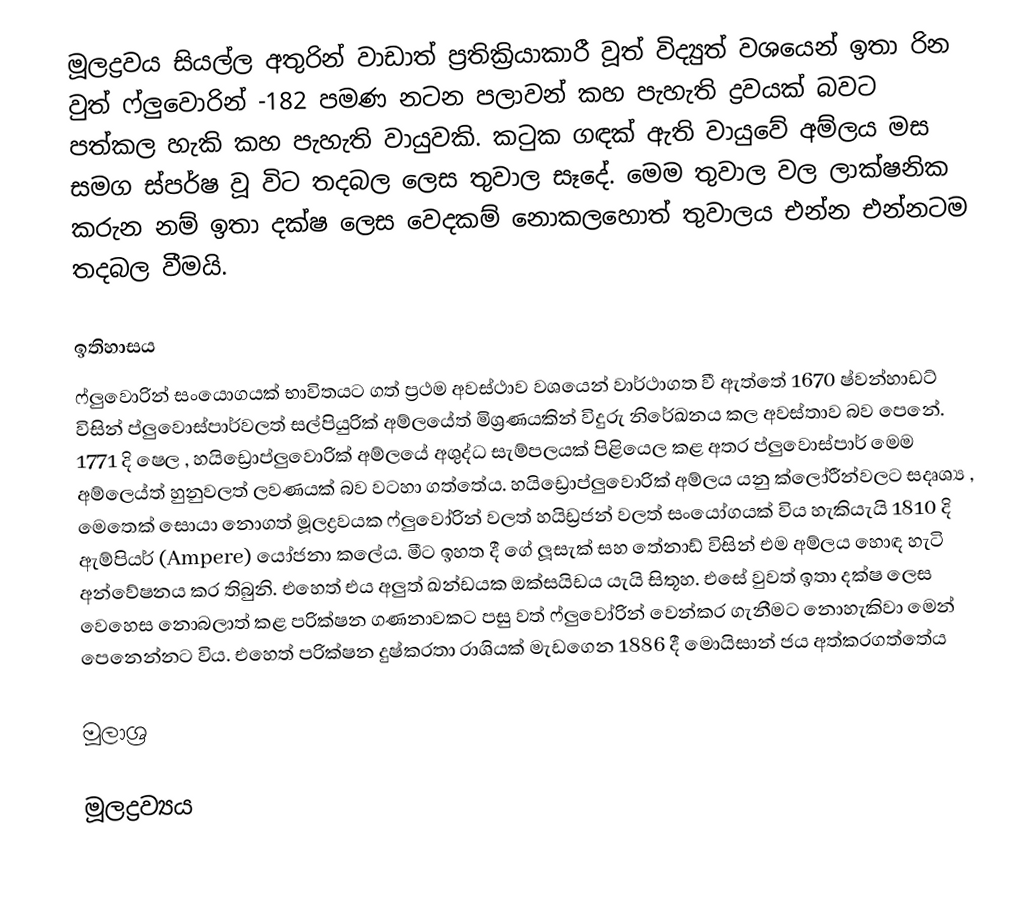
මූලද්‍රවය සියල්ල අතුරින් වාඩාත් ප්‍රතික්‍රියාකාරී වූත්  විද්‍යුත් වශයෙන් ඉතා රින  වුත් ෆ්ලුවොරින් -182 පමණ නටන පලාවන් කහ පැහැති ද්‍රවයක් බවට පත්කල හැකි කහ පැහැති වායුවකි.  කටුක ගඳක් ඇති වායුවේ අම්ලය  මස සමග ස්පර්ෂ වූ විට තදබල ලෙස  තුවාල සෑදේ. මෙම තුවාල වල ලාක්ෂනික කරුන නම් ඉතා දක්ෂ ලෙස වෙදකම් නොකලහොත් තුවාලය එන්න එන්නටම තදබල වීමයි.

ඉතිහාසය
ෆ්ලුවොරින් සංයොගයක් භාවිතයට ගත් ප්‍රථම අවස්ථාව වශයෙන් වාර්ථාගත වී ඇත්තේ   1670  ෂ්වන්හාඩට් විසින් ප්ලුවොස්පාර්වලත් සල්පියුරික් අම්ලයේත් මිශ්‍රණයකින් විදුරු නිරේඛනය කල අවස්තාව බව පෙනේ. 1771 දි  ෂෙල ,  හයිඩ්‍රොප්ලුවොරික් අම්ලයේ අශුද්ධ සැම්පලයක්  පිළියෙල කළ අතර ප්ලුවොස්පාර් මෙම අම්ලෙය්ත්   හුනුවලත් ලවණයක් බව  වටහා ගත්තේය. හයිඩ්‍රොප්ලුවොරික් අම්ලය  යනු  ක්ලෝරීන්වලට සදෘශ්‍ය , මෙතෙක් සොයා නොගත් මූලද්‍රවයක  ෆ්ලුවෝරින් වලත්  හයිඩ්‍රජන්  වලත් සංයෝගයක් විය හැකියැයි 1810 දි ඇම්පියර් (Ampere) යෝජනා කලේය. මීට ඉහත දී ගේ ලූසැක්  සහ තේනාඩ් විසින් එම අම්ලය  හොඳ හැටි අන්වේෂනය කර තිබුනි. එහෙත් එය අලුත් ඛන්ඩයක ඔක්සයිඩය යැයි සිතූහ.  එසේ වුවත්  ඉතා දක්ෂ ලෙස  වෙහෙස නොබලාත්  කළ පරික්ෂන ගණනාවකට  පසු  වත් ෆ්ලුවෝරින් වෙන්කර ගැනීමට  නොහැකිවා මෙන් පෙනෙන්නට විය. එහෙත් පරික්ෂන දුෂ්කරතා රාශියක් මැඩගෙන 1886 දී මොයිසාන් ජය අත්කරගත්තේය

මූලාශ්‍ර

මූලද්‍රව්‍යය